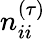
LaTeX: n_{ii}^{(\tau)}